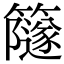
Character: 𥶼